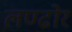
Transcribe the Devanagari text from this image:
लण्ढोर